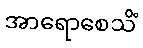
အာရောစေသိံ